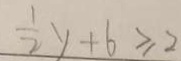
\frac { 1 } { 2 } y + 6 \geq 2